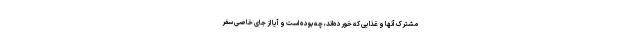
مشترک آنها و غذایی که خورده‌اند، چه بوده است و آیا از جای خاصی سفر